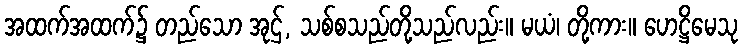
အထက်အထက်၌ တည်သော အုဌ်, သစ်စသည်တို့သည်လည်း။ မယံ၊ တို့ကား။ ဟေဋ္ဌိမေသု